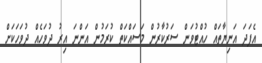
އެފަދަ އަނިޔާތައް ހުއްޓުވަން ސަރުކާރުން މަސައްކަތް ކުރަމުން އަންނަ އިރު ދުވަހެއް ދުވަހަކަށް